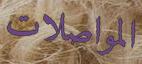
المواصلات